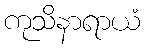
ကုသိနာရာယံ